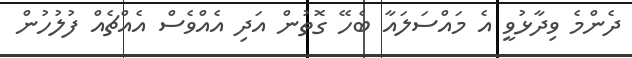
ދެންމެ ވިދާޅުވީ އެ މައްސަލައާ ބެހޭ ގޮތުން އަދި އެއްވެސް އެއްޗެއް ފުލުހުން